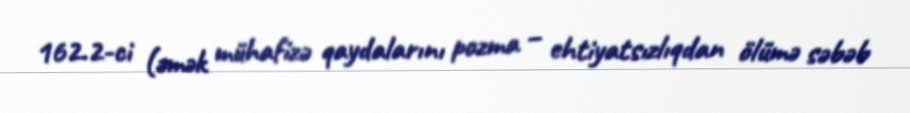
162.2-ci (əmək mühafizə qaydalarını pozma – ehtiyatsızlıqdan ölümə səbəb